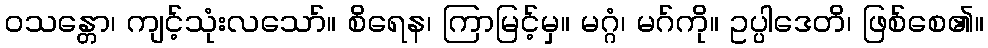
ဝသန္တော၊ ကျင့်သုံးလသော်။ စိရေန၊ ကြာမြင့်မှ။ မဂ္ဂံ၊ မဂ်ကို။ ဥပ္ပါဒေတိ၊ ဖြစ်စေ၏။